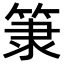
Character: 𥮤